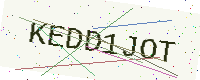
Text: KEDD1JOT